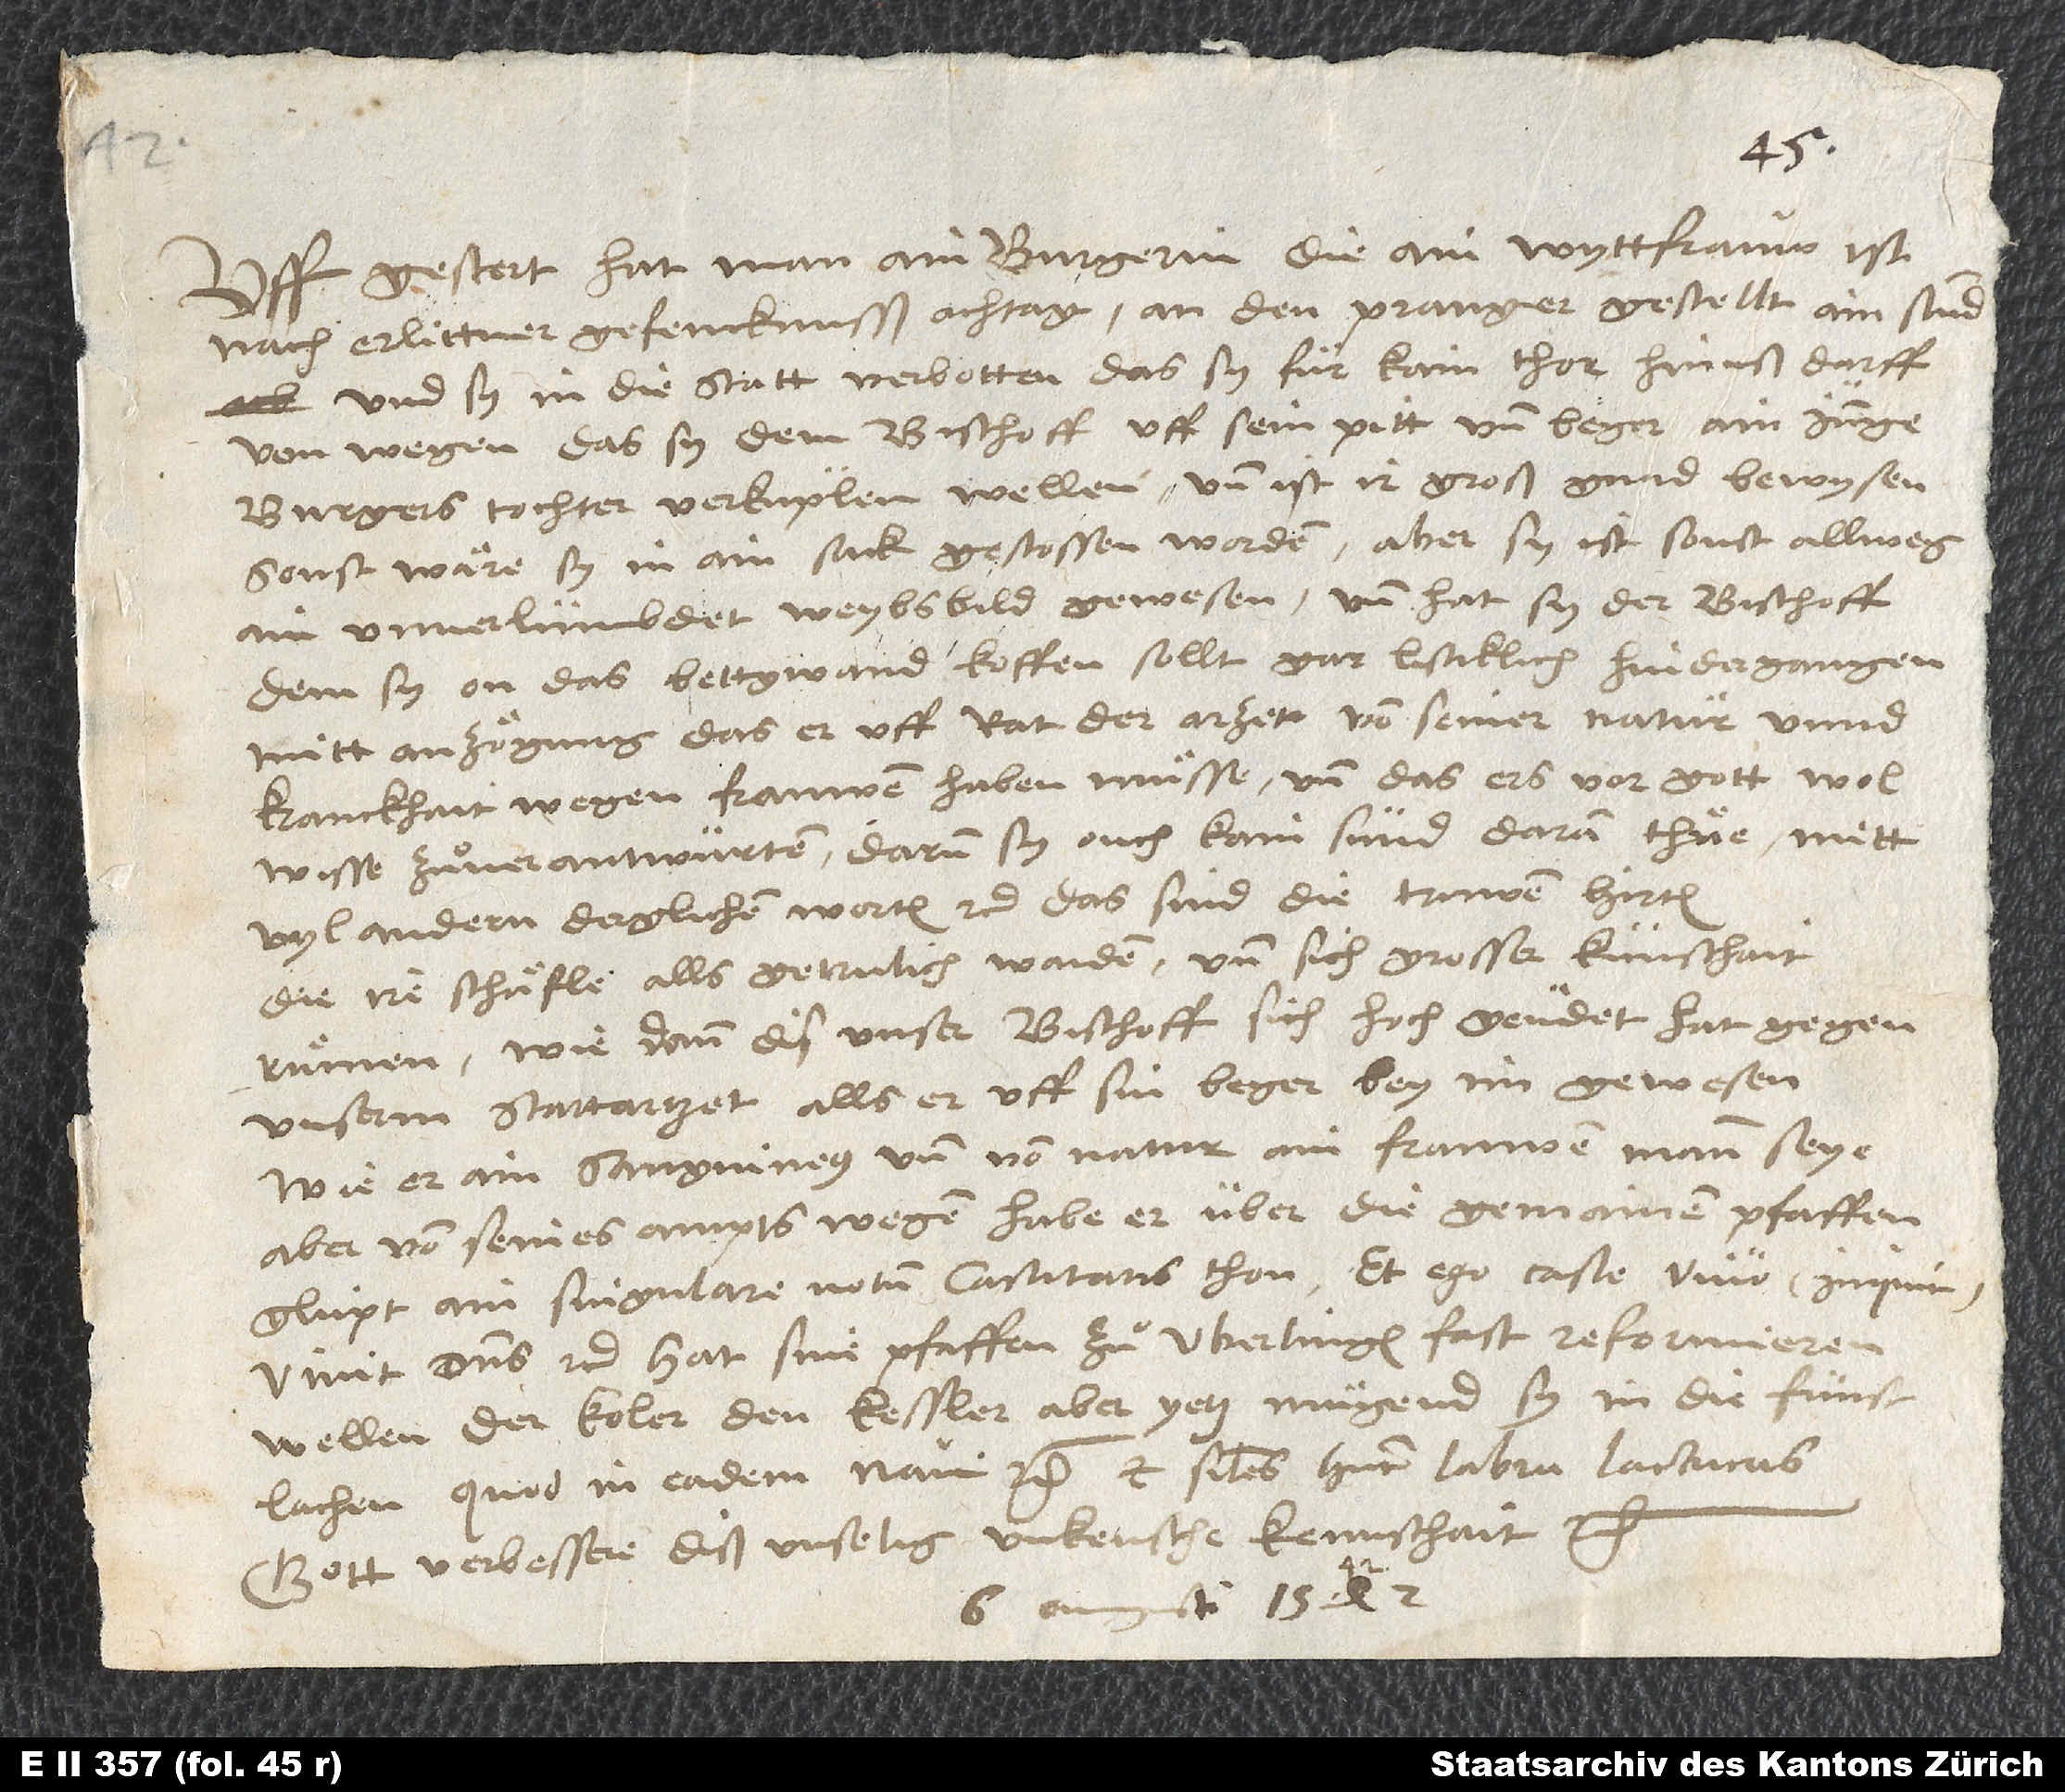
Uff gestert hat man ain burgerin, die ain wyttfrauw ist,
nach erlittner gefencknusß achtag an den pranger gestellt ain stund
und sy in die statt verbotten, das sy für kain thor hinuß darff,
von wegen das sy dem bischoff uff sein pitt und beger ain junge
burgerstochter verkuplen wellen. Und ist ir groß gnad bewysen;
sonst wäre sy in ain sack gestossen worden. Aber sy ist sonst allweg
ain unverlümbdet weybsbild gewesen, und hat sy der bischoff,
dem sy on das bettgwand koffen sollt, gar listiklich hindergangen
mitt anzögung, das er uff rat der arzet von seiner natur unnd
kranckhait wegen frauwen haben muͤsse und das ers vor gott wol
wisse zuͦ verantwurten; darum sy ouch kain sünd daran thuͤe, mitt
vyl andern derglichen worten etc. Das sind die truwen hirten,
die iren schäfle alls getrulich waiden und sich grosser künschait
ruͤmen, wie dann dis unser bischoff sich hoch geudet hat gegen
unserm stattartzet, alls er uff sin beger bey im gewesen,
wie er ain sanguineus und von natur ain frauwen mann seye;
aber von seines ampts wegen habe er über die gemainen pfaffen
glüpt ain singulare votum castitatis thon. „Et ego caste vivo“ (inquit),
„vivit dominus“ etc. Hat sine pfaffen zuͦ Uberlingen fast reformieren
wellen, der koler den kessler. Aber yetz mügend sy in die fünst
lachen, quod in eadem navi etc. et similes habent labra lactucas.
Gott verbessere diß unselig unkeusche keunschait etc.